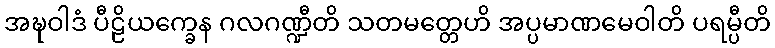
အဍ္ဎဝါဒံ ပီဠိယက္ခေန ဂလဂဏ္ဍီတိ သတမတ္တေဟိ အပ္ပမာဏမေဝါတိ ပရမ္ပီတိ